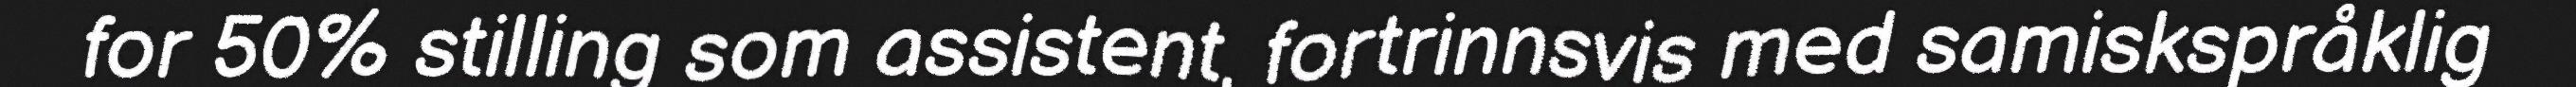
for 50% stilling som assistent, fortrinnsvis med samiskspråklig